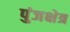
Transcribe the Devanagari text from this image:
पुंजक्षेत्र